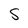
Character: 5